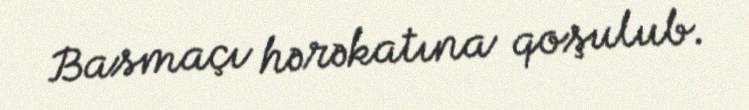
Basmaçı hərəkatına qoşulub.